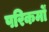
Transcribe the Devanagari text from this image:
परिकर्मों